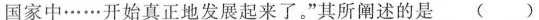
国家中……开始真正地发展起来了。”其所阐述的是 ( )